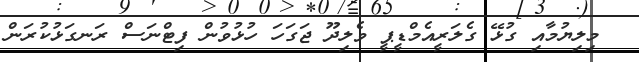
މިލިޔުމާއި ގުޅޭ ގެލަރީއެމްޑީޕީ ވެލިދޫ ޖަގަހަ ހުޅުވުން ފިޓްނަސް ރަނގަޅުކުރަން